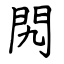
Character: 𨳊